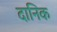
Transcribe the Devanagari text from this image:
दानिक